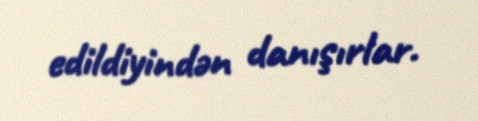
edildiyindən danışırlar.